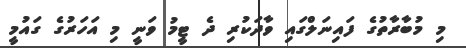
މި މުބާރާތުގެ ފައިނަލްގައި ވާދަކުރި ދެ ޓީމު ވަނީ މި އަހަރުގެ ގައުމީ